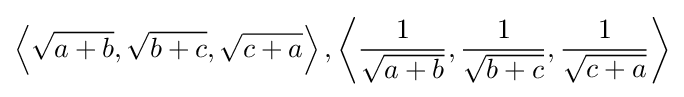
\displaystyle \left\langle {\sqrt {a+b}},{\sqrt {b+c}},{\sqrt {c+a}}\right\rangle ,\left\langle {\frac {1}{\sqrt {a+b}}},{\frac {1}{\sqrt {b+c}}},{\frac {1}{\sqrt {c+a}}}\right\rangle